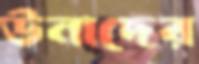
উনাদের